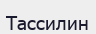
Тассилин